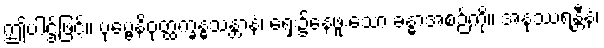
ဤပါဌ်ဖြင့်။ ပုဗ္ဗေနိဝုတ္ထက္ခန္ဓသန္တာနံ၊ ရှေး၌နေဖူးသော ခန္ဓာအစဉ်ကို။ အနုဿရန္တီနံ၊